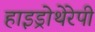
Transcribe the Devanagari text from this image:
हाइड्रोथेरेपी